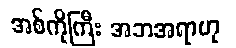
အစ်ကိုကြီး အဘအရာဟု